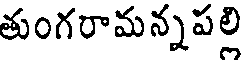
తుంగరామన్నపల్లి